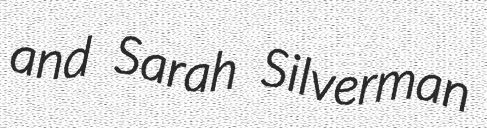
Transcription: and Sarah Silverman